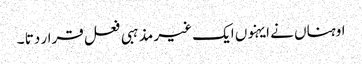
اوہناں نے ایہنوں ایک غیر مذہبی فعل قرار دتا ۔